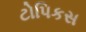
ટોપિકસ